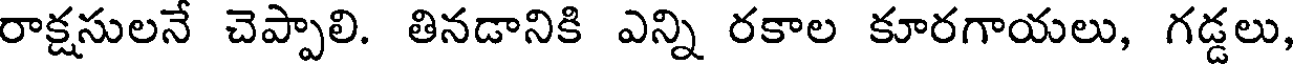
రాక్షసులనే చెప్పాలి. తినడానికి ఎన్ని రకాల కూరగాయలు, గడ్డలు,